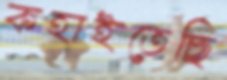
কহাইতেছি